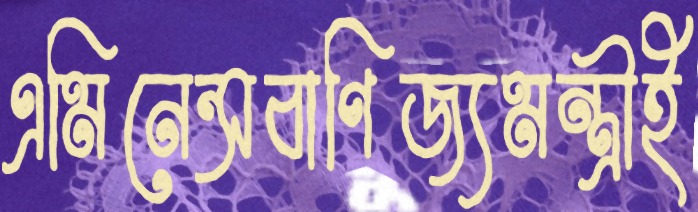
এমিনেন্সবাণিজ্যমন্ত্রীই